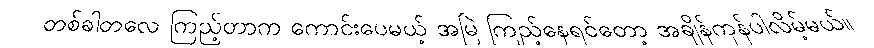
တစ်ခါတလေ ကြည့်တာက ကောင်းပေမယ့် အမြဲ ကြည့်နေရင်တော့ အချိန်ကုန်ပါလိမ့်မယ်။